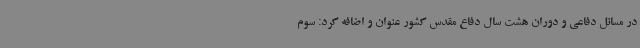
در مسائل دفاعی و دوران هشت سال دفاع مقدس کشور عنوان و اضافه کرد: سوم